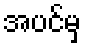
အပင်မှ